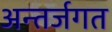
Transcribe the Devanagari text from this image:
अन्तर्जगत